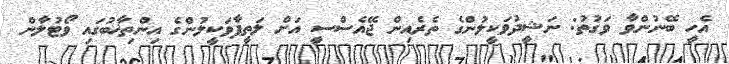
އެހީ ބޭނުންވާ ވަގުތު: ނަޝީދުވަކީލުންގެ ތެރެއިން ޖޭއެސްސީ އަށް ލަތީފާވަކީލުންގެ އިންތިޚާބުގައި ވޯޓުލާން